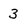
Character: 3